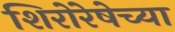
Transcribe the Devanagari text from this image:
शिरोरेषेच्या